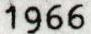
1966